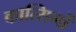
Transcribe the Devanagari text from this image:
कात्सिमों